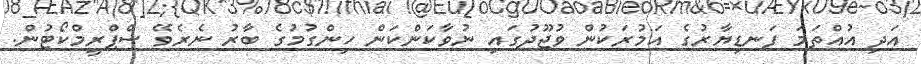
އަދި އުއްތަމަ ފަނޑިޔާރުގެ އަމުރަކުން ވުޖޫދުގައި ނުވާކަންކަން ހިންގުމުގެ ބާރު ނެރެވޭ ސްޕްރީމްކޯޓުން.